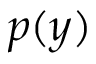
p ( y )